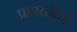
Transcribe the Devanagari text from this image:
प्राण्यांध्ये